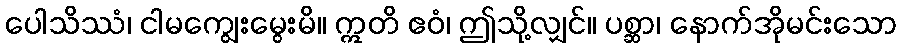
ပေါသိဿံ၊ ငါမကျွေးမွေးမိ။ ဣတိ ဧဝံ၊ ဤသို့လျှင်။ ပစ္ဆာ၊ နောက်အိုမင်းသော